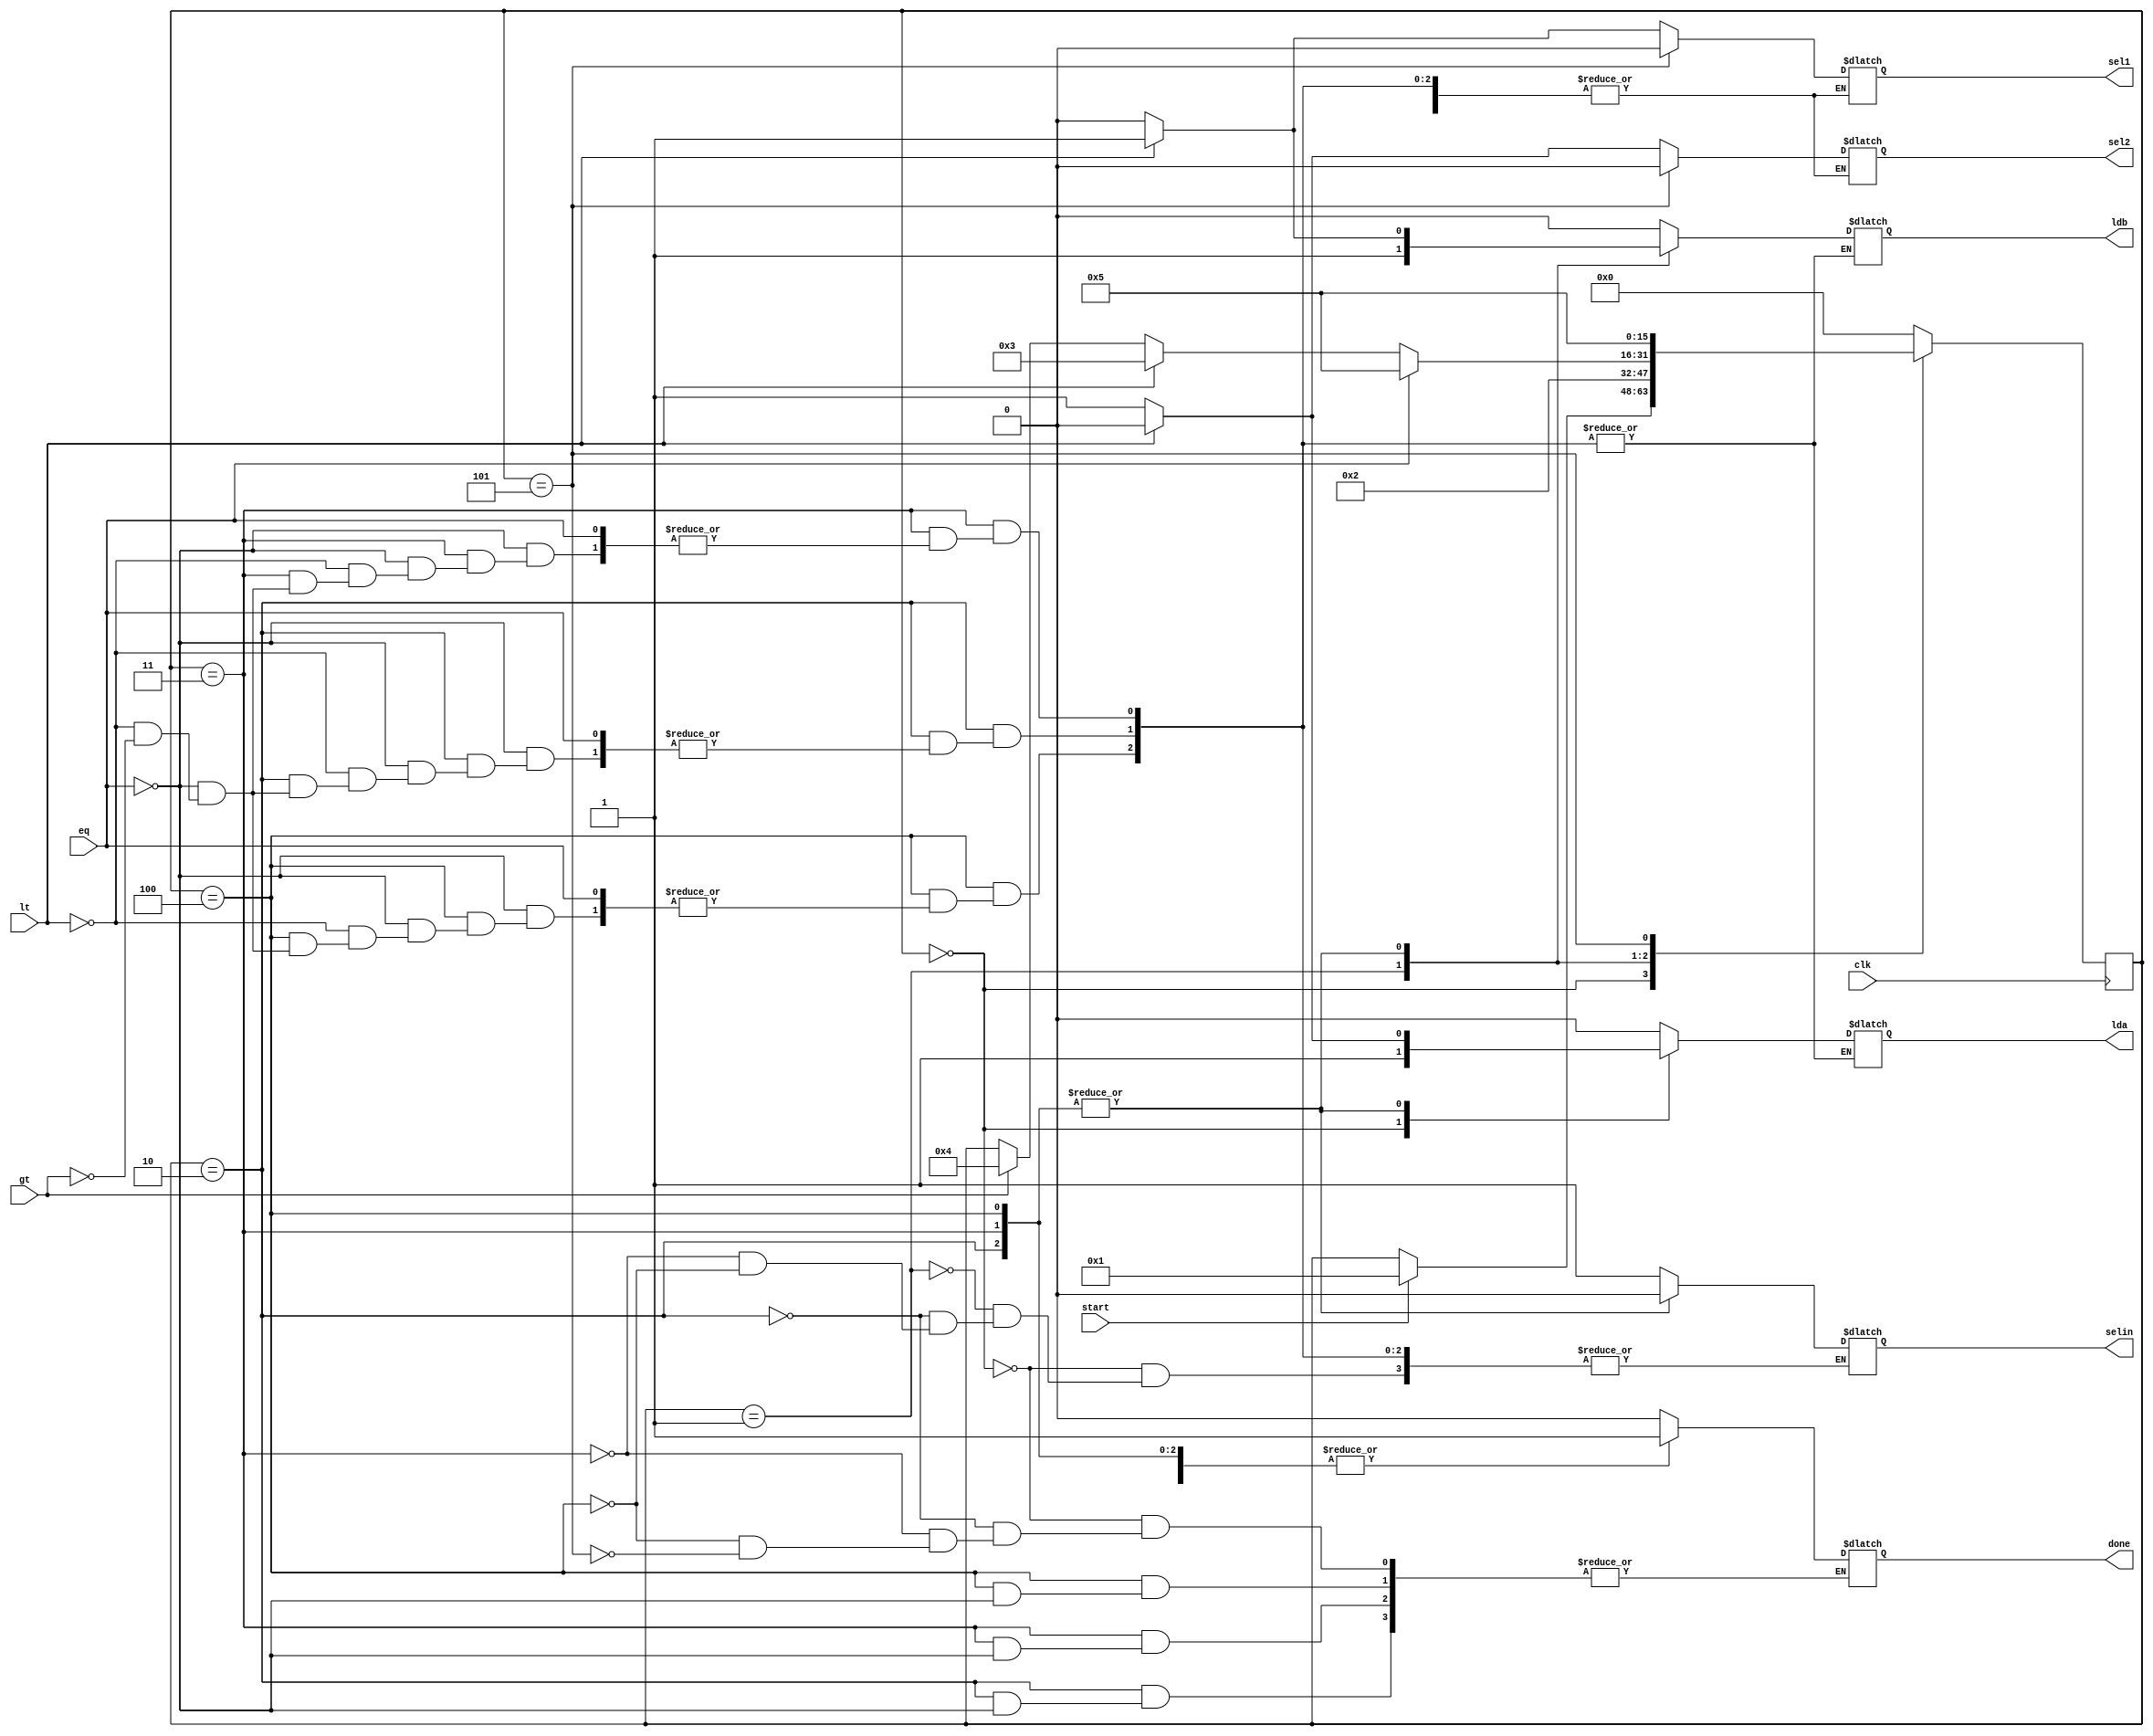
module GCD_controller(lda,ldb,sel1,sel2,selin,done,clk,lt,gt,eq,start);
  input clk,lt,gt,eq,start;
  output reg lda,ldb,sel1,sel2,selin,done;
  reg[15:0] state;
  
    parameter S0=3'b000,S1=3'b001,S2=3'b010,S3=3'b011,S4=3'b100,S5=3'b101;
    always@(posedge clk)
    begin
      case(state)
        S0: if(start) state <= S1;
        S1: state <= S2;
        S2: if(eq) state <= S5;
          else if(lt) state <= S3;
          else if(gt) state <= S4;
        S3: if(eq) state <= S5;
          else if(lt) state <= S3;
          else if(gt) state <= S4;
        S4: if(eq) state <= S5;
            else if(lt) state <= S3;
            else if(gt) state <= S4;
        S5: state <= S5;
        default: state <= S0;
      endcase
    end
  
    always@(state)
    begin
      case(state)
        S0: begin
          selin = 1;
          lda = 1;
          ldb = 0;
          done = 0;
        end
        S1: begin 
          selin = 1;
          lda = 0;
          ldb = 1;
        end
        S2: if(eq) done = 1;
            else if(lt)
            begin
              sel1 = 1;
              sel2 = 0;
              selin = 0;
              lda = 0;
              ldb = 1;
            end
            else if(gt) 
            begin
              sel1 = 0;
              sel2 = 1;
              selin = 0;
              lda = 1;
              ldb = 0;
            end
        S3: if(eq) done = 1;
            else if(lt)
            begin
              sel1 = 1;
              sel2 = 0;
              selin = 0;
              lda = 0;
              ldb = 1;
            end
            else if(gt)
            begin
              sel1 = 0;
              sel2 = 1;
              selin = 0;
              lda = 1;
              ldb = 0;
            end
        S4: if(eq) done = 1;
            else if(lt)
            begin
              sel1 = 1;
              sel2 = 0;
              selin = 0;
              lda = 0; 
              ldb = 1;
            end
            else if(gt)
            begin
              sel1 = 0;
              sel2 = 1;
              selin = 0;
              lda = 1;
              ldb = 0;
            end
        S5: begin
              done = 1;
              sel1 = 0;
              sel2 = 0;
              lda = 0;
              ldb = 0;
        end
        default: begin 
              lda = 0;
              ldb = 0;
        end
      endcase
    end
endmodule